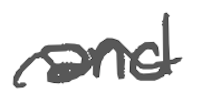
Text: and
Cross-out: wave
Writing tool: digital_gray